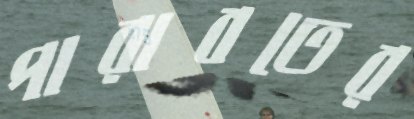
পারাবতের